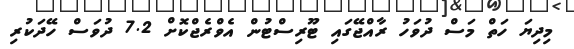
މިދިޔަ ހަތް މަސް ދުވަހު ރާއްޖޭގައި ޓޫރިސްޓުން އެވްރެޖްކޮށް 7.2 ދުވަސް ހޭދަކުރި